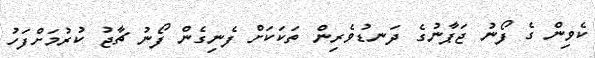
ކެވިން ގެ ފޯނު ޖަޕާނުގެ ދަނޑުވެރިން ތަކަކަށް ފެނިގެން ފޯނު ޗާޖު ކުރުމަށްފަހު